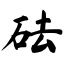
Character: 砝